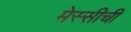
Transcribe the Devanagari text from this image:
मेस्सीची